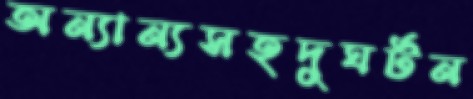
অন্যান্যসহদুঘর্টন